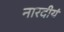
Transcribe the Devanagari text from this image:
नारदीयं